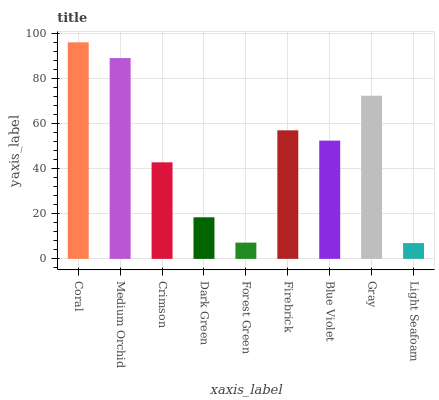
| xaxis_label | bars |
 | --- | --- |
 | Coral | 96 |
 | Medium Orchid | 89 |
 | Crimson | 42.8 |
 | Dark Green | 18.4 |
 | Forest Green | 7.21 |
 | Firebrick | 57 |
 | Blue Violet | 52.4 |
 | Gray | 72.4 |
 | Light Seafoam | 7 |